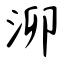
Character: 泖